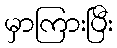
မှာကြားပြီး